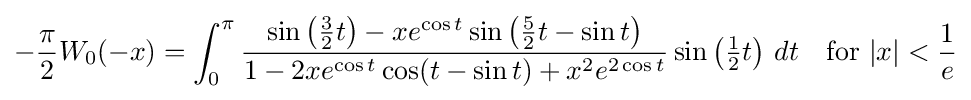
-{\frac {\pi }{2}}W_{0}(-x)=\int _{0}^{\pi }{\frac {\sin \left({\tfrac {3}{2}}t\right)-xe^{\cos t}\sin \left({\tfrac {5}{2}}t-\sin t\right)}{1-2xe^{\cos t}\cos(t-\sin t)+x^{2}e^{2\cos t}}}\sin \left({\tfrac {1}{2}}t\right)\,dt\quad {\text{for }}|x|<{\frac {1}{e}}